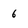
Character: 6